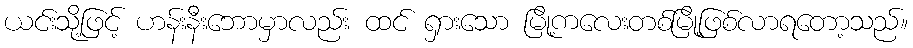
ယင်းသို့ဖြင့် ဟန်းနီးဘောမှာလည်း ထင် ရှားသော မြို့ကလေးတစ်မြို့ဖြစ်လာရတော့သည်။